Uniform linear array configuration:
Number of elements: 16
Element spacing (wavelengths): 0.75
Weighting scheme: kaiser
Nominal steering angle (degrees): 45
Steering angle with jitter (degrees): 44.223
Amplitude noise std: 0.05
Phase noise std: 0.05

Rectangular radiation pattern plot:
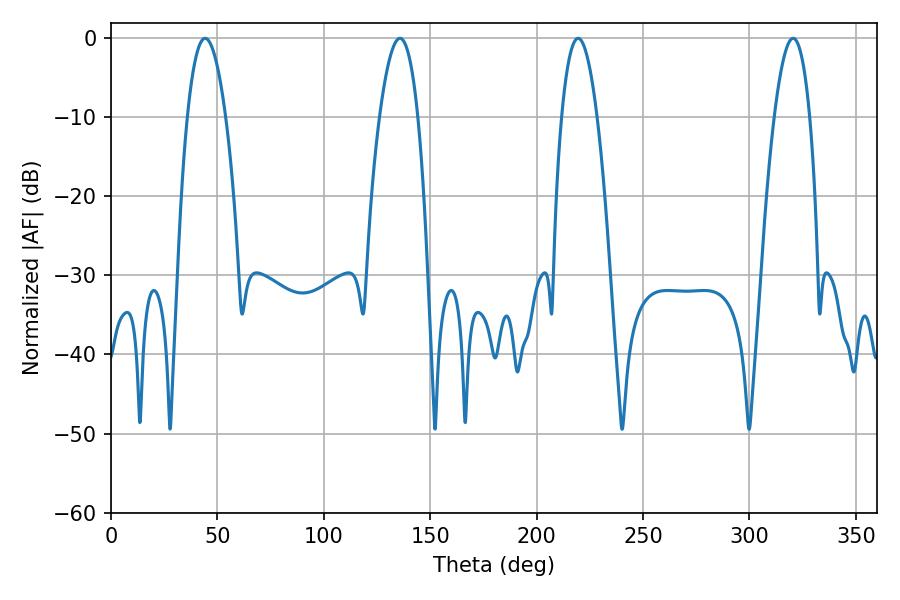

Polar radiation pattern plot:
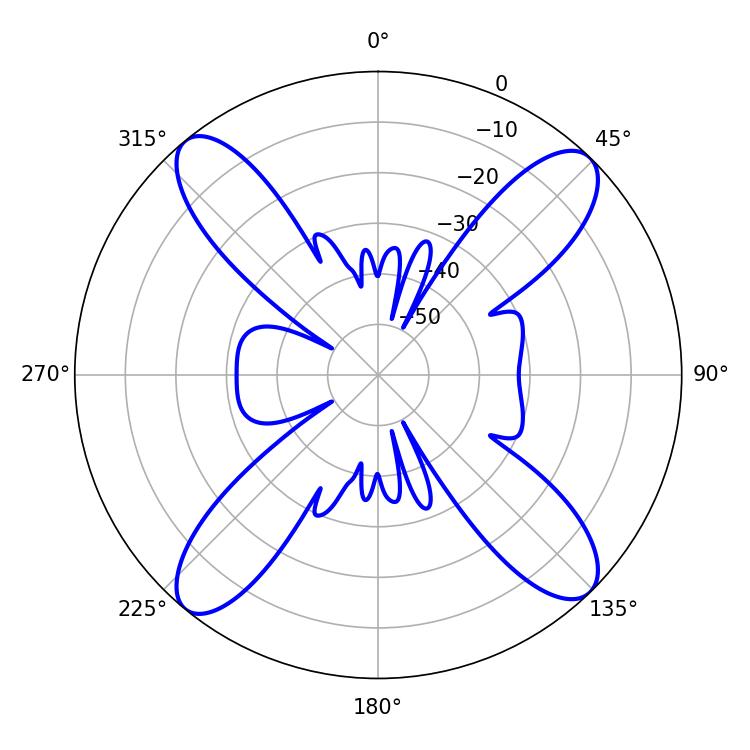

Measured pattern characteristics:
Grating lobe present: TRUE
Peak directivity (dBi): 16.947
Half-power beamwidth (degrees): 9.9
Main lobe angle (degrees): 44.28